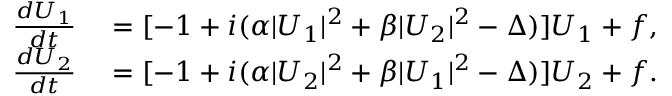
\begin{array} { r l } { \frac { d U _ { 1 } } { d t } } & { { } = [ - 1 + i ( \alpha \vert U _ { 1 } \vert ^ { 2 } + \beta \vert U _ { 2 } \vert ^ { 2 } - \Delta ) ] U _ { 1 } + f , } \\ { \frac { d U _ { 2 } } { d t } } & { { } = [ - 1 + i ( \alpha \vert U _ { 2 } \vert ^ { 2 } + \beta \vert U _ { 1 } \vert ^ { 2 } - \Delta ) ] U _ { 2 } + f . } \end{array}